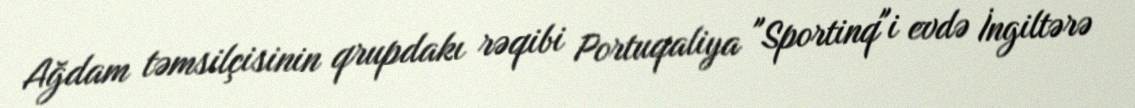
Ağdam təmsilçisinin qrupdakı rəqibi Portuqaliya "Sportinq"i evdə İngiltərə